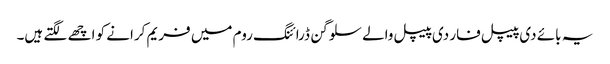
یہ بائے دی پیپل فار دی پیپل والے سلوگن ڈرائنگ روم میں فریم کرانے کو اچھے لگتے ہیں۔